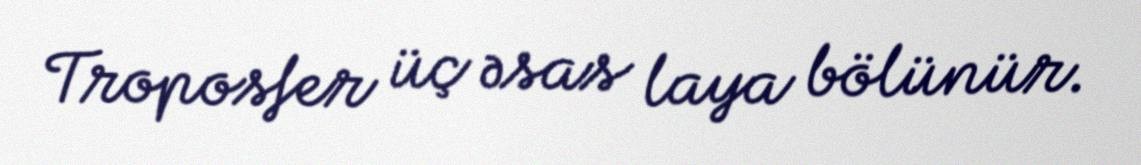
Troposfer üç əsas laya bölünür.